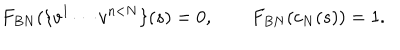
LaTeX: F _ { B N } ( \{ v ^ { 1 } \cdots v ^ { n < N } \} ( s ) = 0 , \qquad F _ { B N } ( c _ { N } ( s ) ) = 1 .